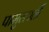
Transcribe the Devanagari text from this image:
पामुलपर्ती